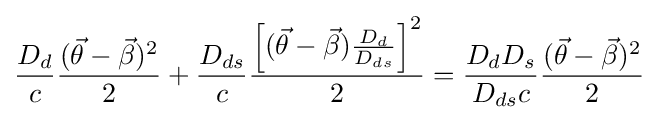
{D_{d} \over c}{({\vec {\theta }}-{\vec {\beta }})^{2} \over 2}+{D_{ds} \over c}{\left[({\vec {\theta }}-{\vec {\beta }}){D_{d} \over D_{ds}}\right]^{2} \over 2}={D_{d}D_{s} \over D_{ds}c}{({\vec {\theta }}-{\vec {\beta }})^{2} \over 2}